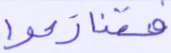
فتنازعوا